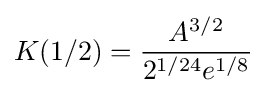
K(1/2)={\frac {A^{3/2}}{2^{1/24}e^{1/8}}}